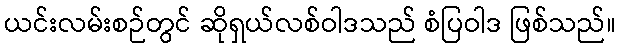
ယင်းလမ်းစဉ်တွင် ဆိုရှယ်လစ်ဝါဒသည် စံပြဝါဒ ဖြစ်သည်။